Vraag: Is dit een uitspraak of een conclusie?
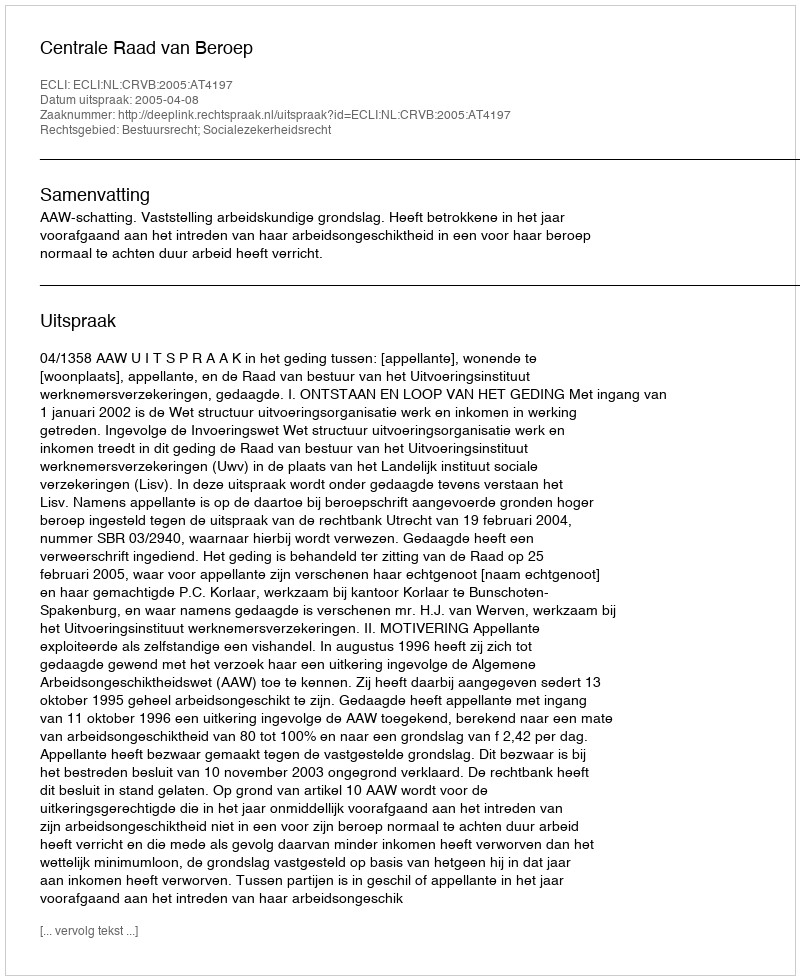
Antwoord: Uitspraak